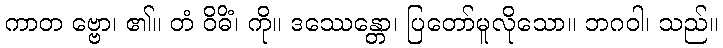
ကာတ ဗ္ဗော၊ ၏။ တံ ဝိဓိံ၊ ကို။ ဒဿေန္တော၊ ပြတော်မူလိုသော။ ဘဂဝါ၊ သည်။